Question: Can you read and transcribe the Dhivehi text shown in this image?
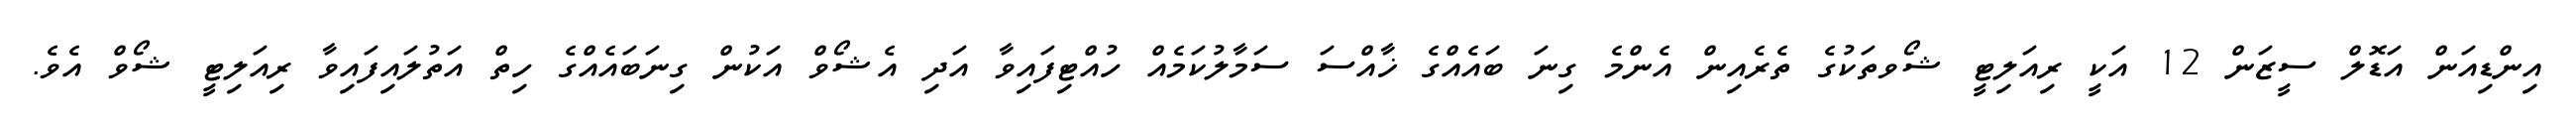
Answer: އިންޑިއަން އަޑޮލް ސީޒަން 12 އަކީ ރިއަލިޓީ ޝޯވތަކުގެ ތެރެއިން އެންމެ ގިނަ ބައެއްގެ ޚާއްސަ ސަމާލުކަމެއް ހުއްޓިފައިވާ އަދި އެޝޯވް އަކުން ގިނަބައެއްގެ ހިތް އަތުލައިފައިވާ ރިއަލިޓީ ޝޯވް އެވެ.